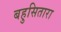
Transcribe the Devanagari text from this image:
बहुसितारा